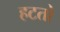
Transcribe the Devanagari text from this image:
हटतो